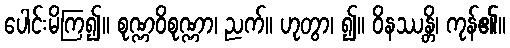
ပေါင်းမိကြ၍။ စုဏ္ဏဝိစုဏ္ဏာ၊ ညက်။ ဟုတွာ၊ ၍။ ဝိနဿန္တိ၊ ကုန်၏။